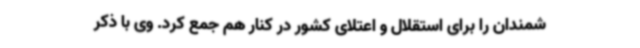
شمندان را برای استقلال و اعتلای کشور در کنار هم جمع کرد. وی با ذکر